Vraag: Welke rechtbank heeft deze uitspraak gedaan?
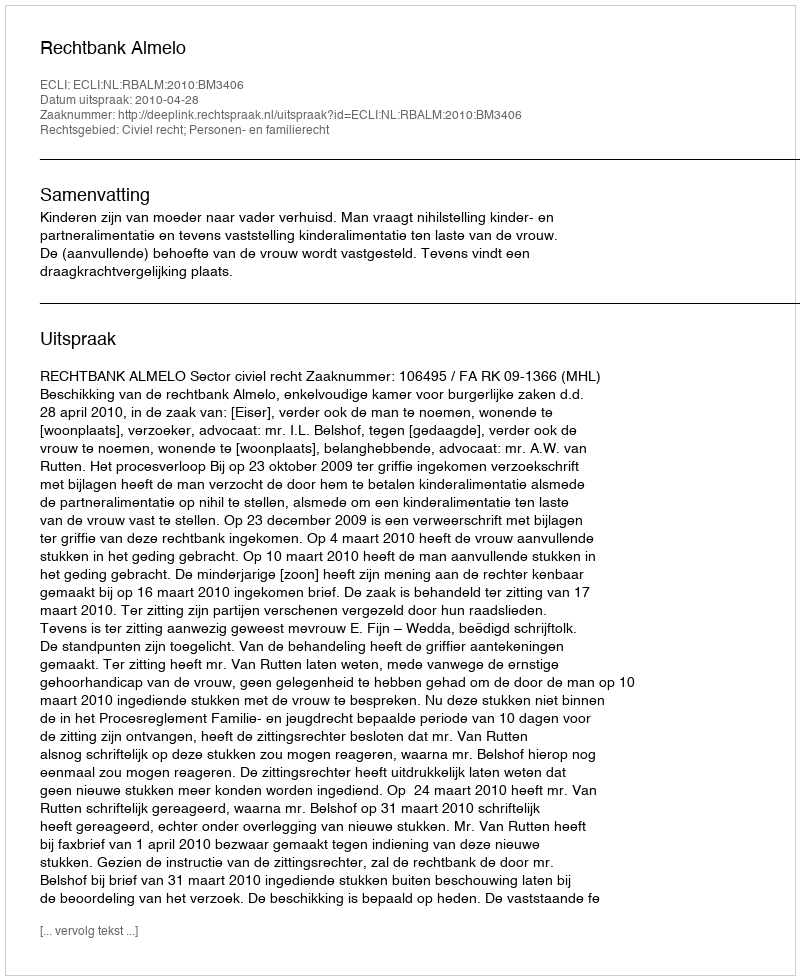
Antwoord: Rechtbank Almelo